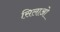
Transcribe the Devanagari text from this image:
सिलाओ